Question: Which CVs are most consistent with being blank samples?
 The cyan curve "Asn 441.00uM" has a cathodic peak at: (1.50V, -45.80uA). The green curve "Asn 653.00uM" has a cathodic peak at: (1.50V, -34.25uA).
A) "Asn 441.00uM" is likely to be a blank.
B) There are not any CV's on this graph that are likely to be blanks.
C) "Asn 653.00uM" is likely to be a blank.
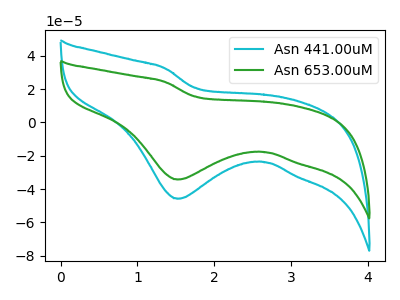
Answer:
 <answer>B) There are not any CV's on this graph that are likely to be blanks.</answer>
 <eval>B</eval>